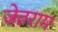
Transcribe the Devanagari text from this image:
जेतराम